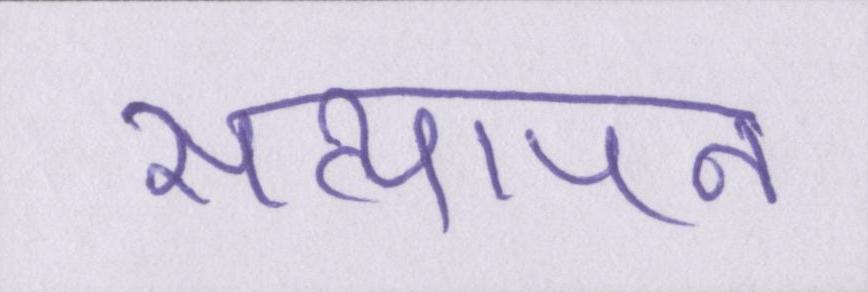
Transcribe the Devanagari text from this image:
सत्यापन